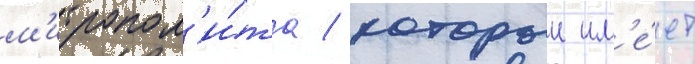
м'итропол'и́та / которыи им'е́ет